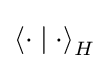
\left\langle \cdot \mid \cdot \right\rangle _{H}